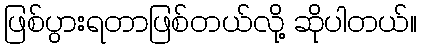
ဖြစ်ပွားရတာဖြစ်တယ်လို့ ဆိုပါတယ်။